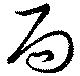
局